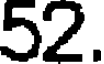
52.